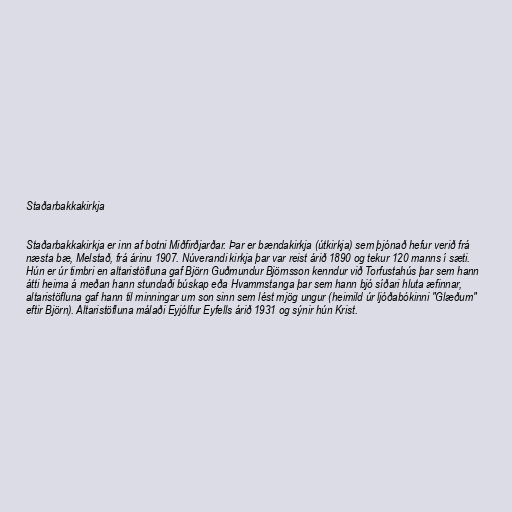
Staðarbakkakirkja

Staðarbakkakirkja er inn af botni Miðfirðjarðar. Þar er bændakirkja (útkirkja) sem þjónað hefur verið frá
næsta bæ, Melstað, frá árinu 1907. Núverandi kirkja þar var reist árið 1890 og tekur 120 manns í sæti.
Hún er úr timbri en altaristöfluna gaf Björn Guðmundur Björnsson kenndur við Torfustahús þar sem hann
átti heima á meðan hann stundaði búskap eða Hvammstanga þar sem hann bjó síðari hluta æfinnar,
altaristöfluna gaf hann til minningar um son sinn sem lést mjög ungur (heimild úr ljóðabókinni "Glæðum"
eftir Björn). Altaristöfluna málaði Eyjólfur Eyfells árið 1931 og sýnir hún Krist.